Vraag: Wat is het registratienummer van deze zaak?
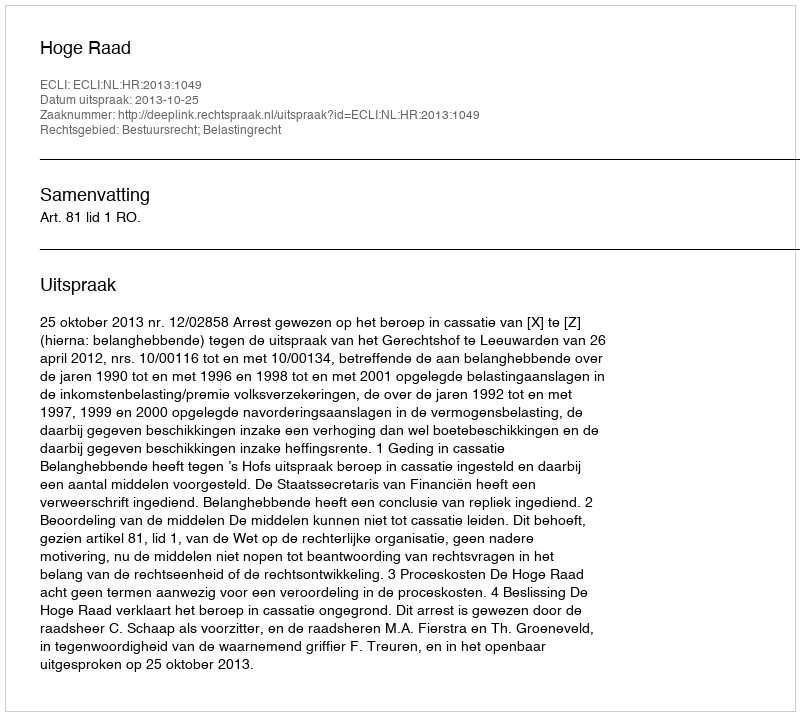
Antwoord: http://deeplink.rechtspraak.nl/uitspraak?id=ECLI:NL:HR:2013:1049